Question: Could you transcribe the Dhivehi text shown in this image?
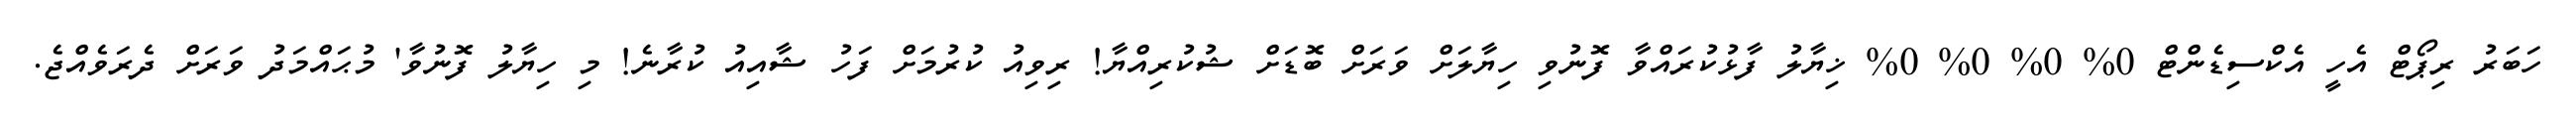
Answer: ހަބަރު ރިޕޯޓް އެހީ އެކްސިޑެންޓް 0% 0% 0% 0% ޚިޔާލު ފާޅުކުރައްވާ ފޮނުވި ހިޔާލަށް ވަރަށް ބޮޑަށް ޝުކުރިއްޔާ! ރިވިއު ކުރުމަށް ފަހު ޝާއިއު ކުރާނެ! މި ހިޔާލު ފޮނުވާ' މުޙައްމަދު ވަރަށް ދެރަވެއްޖެ.